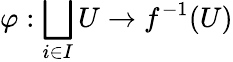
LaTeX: \varphi:\bigsqcup_{i\in I}U\to f^{-1}(U)